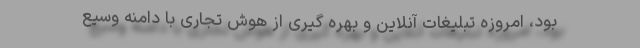
بود، امروزه تبلیغات آنلاین و بهره گیری از هوش تجاری با دامنه وسیع